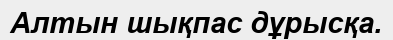
Алтын шықпас дұрысқа.